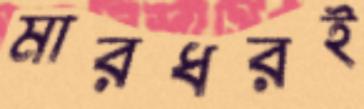
মারধরই